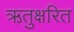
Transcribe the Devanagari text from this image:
ऋतुक्षरित